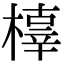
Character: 橭